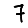
Digit: 7